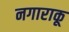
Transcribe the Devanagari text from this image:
नगाराकू